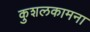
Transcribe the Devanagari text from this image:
कुशलकामना